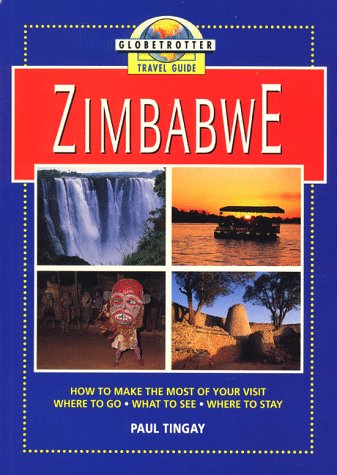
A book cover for Zimbabwe Travel Guide; Globetrotter; Travel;